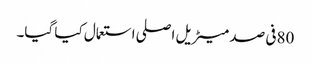
80فی صد میٹریل اصلی استعمال کیا گیا۔